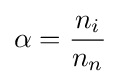
\alpha ={\frac {n_{i}}{n_{n}}}